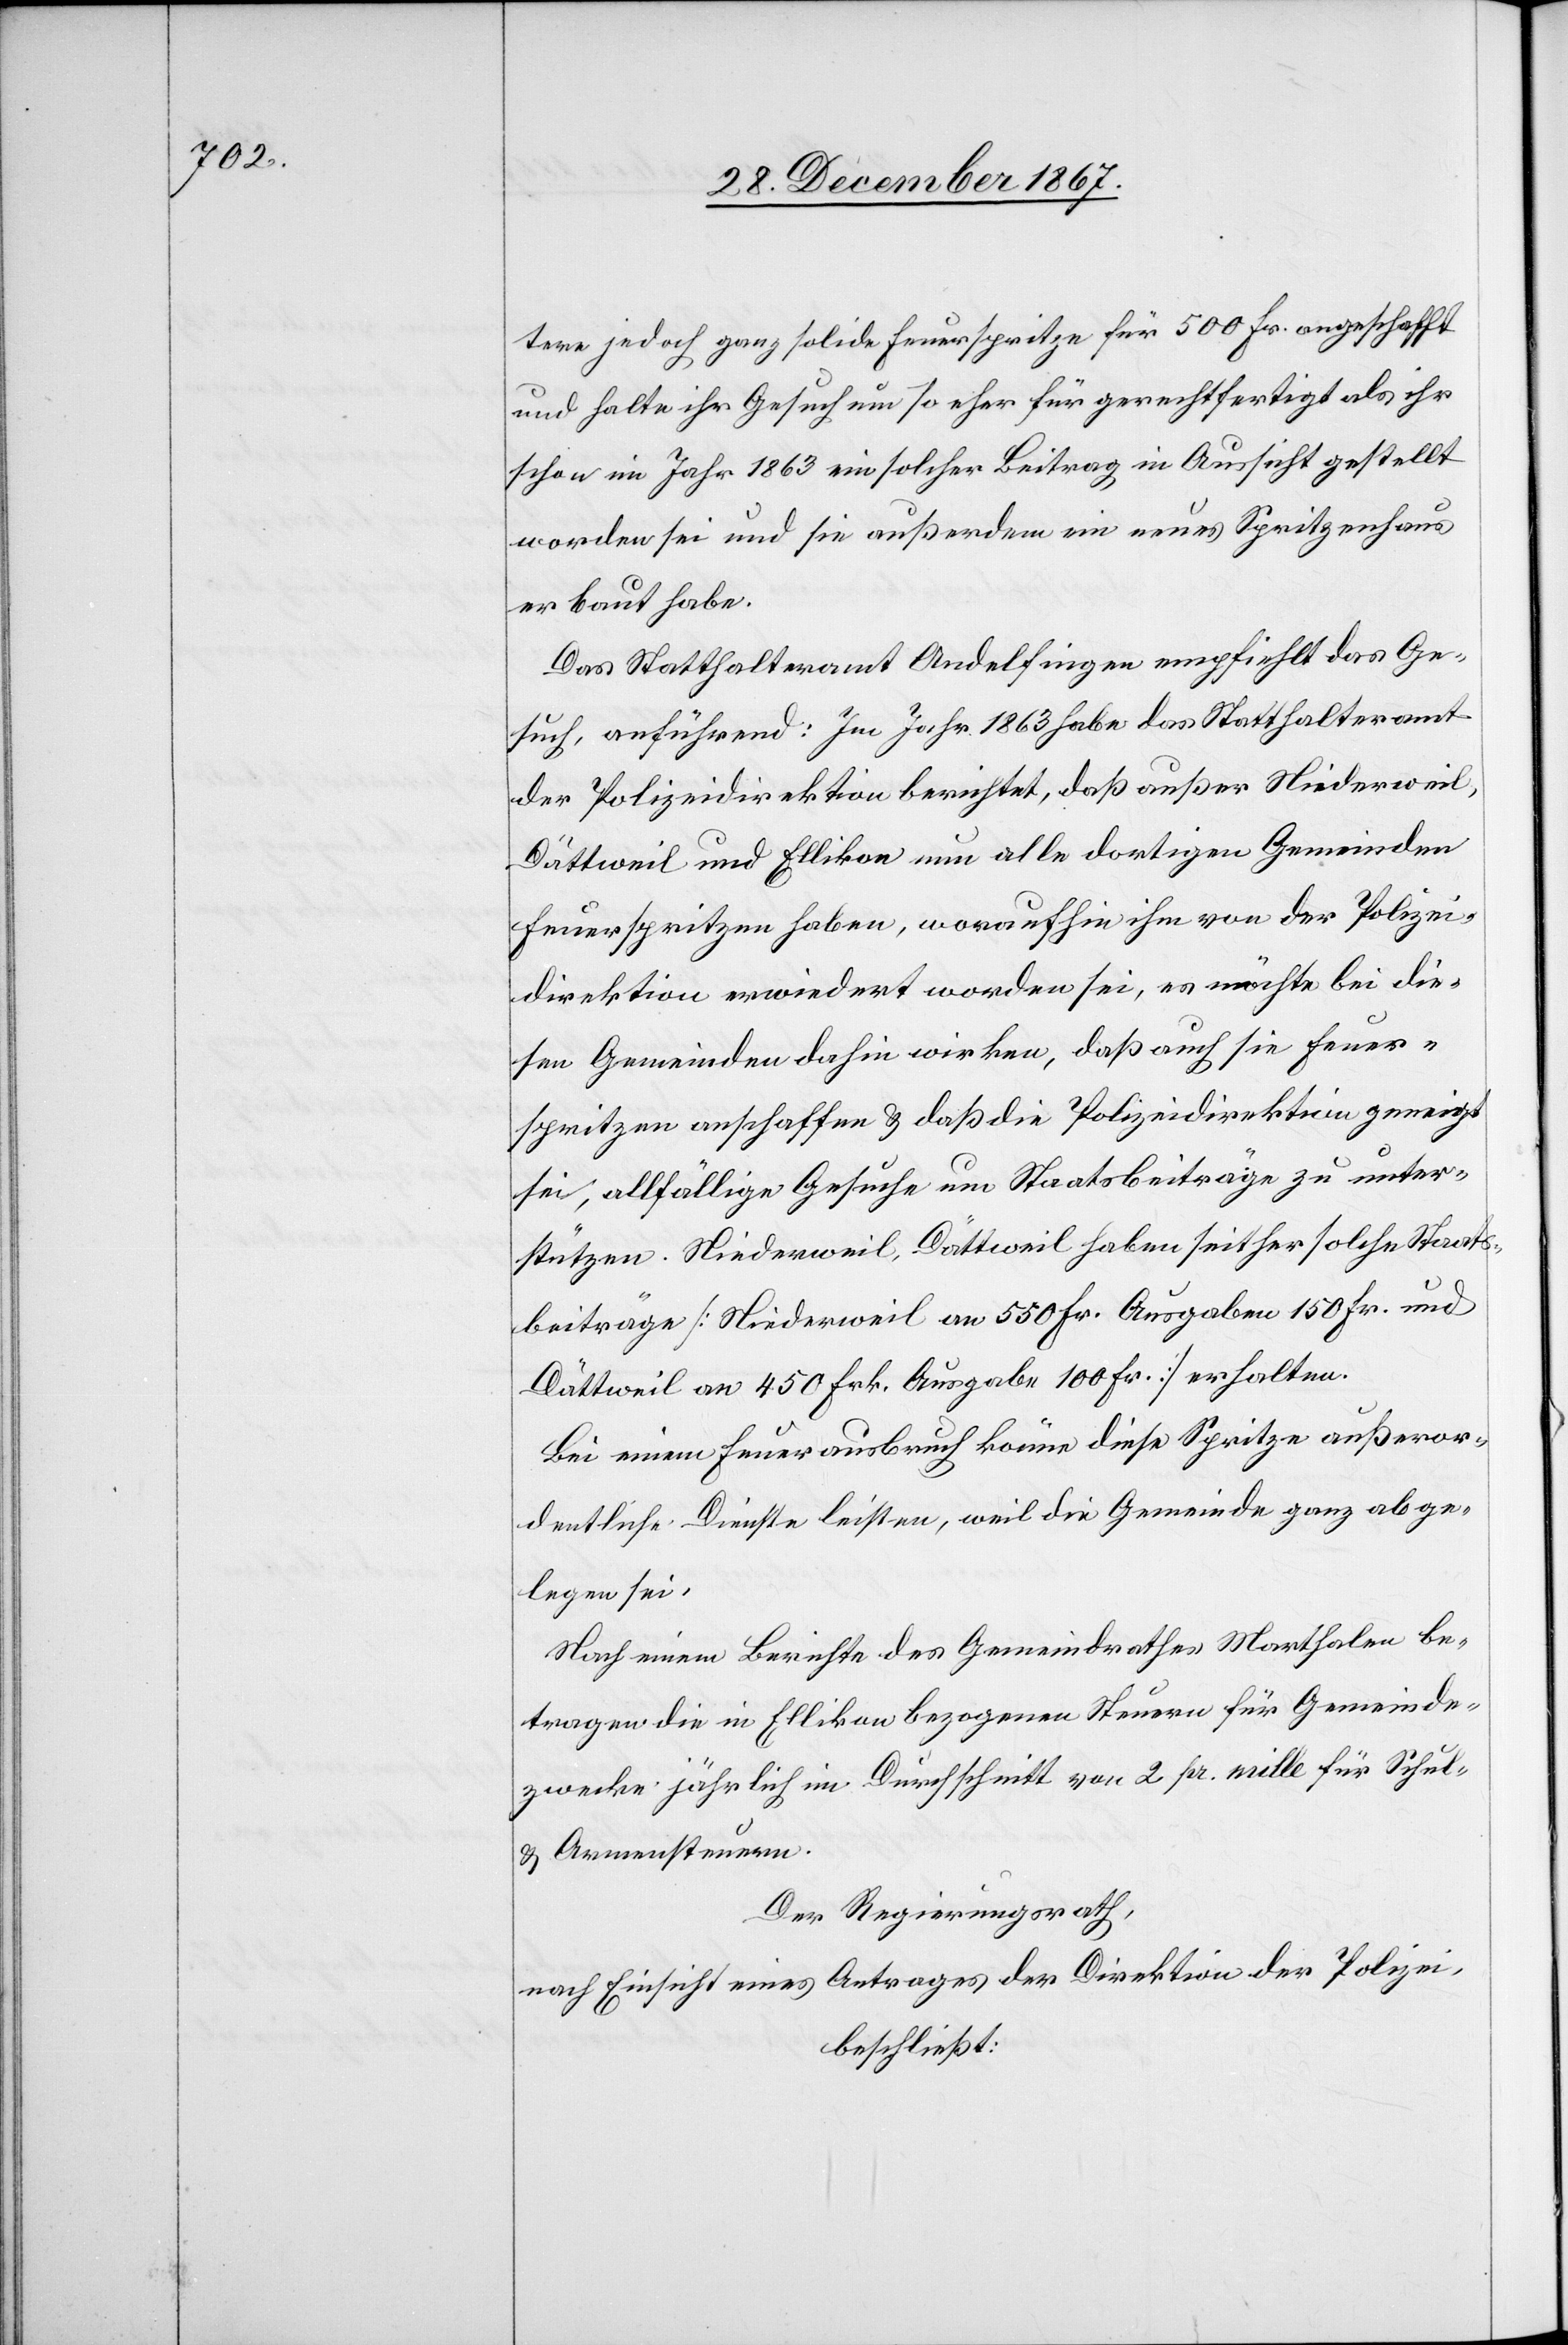
tere jedoch ganze solide Feuerspritze für 500 Fr. angeschafft
und halte ihr Gesuch um so eher für gerechtfertigt als ihr
schon im Jahr 1863 ein solcher Beitrag in Aussicht gestellt
worden sei und sie außerdem ein neues Spritzenhaus
erbaut habe.
Das Statthalteramt Andelfingen empfiehlt das Ge¬
such, anführend: Im Jahr 1863 habe das Statthalteramt
der Polizeidirektion berichtet, daß außer Niederweil,
Dättweil und Ellikon nun alle dortigen Gemeinden
Feuerspritzen haben, woraufhin ihm von der Polizei¬
direktion erwiedert worden sei, es möchte bei die¬
sen Gemeinden dahin wirken, daß auch sie Feuer¬
spritzen anschaffen u. daß die Polizeidirektion geneigt
sei, allfällige Gesuche um Staatsbeiträge zu unter¬
stützen. Niederweil, Dättweil haben seither solche Staats¬
beiträge [Niederweil an 500 Fr. Ausgaben 150 Fr. und
Dättweil an 450 Frk. Ausgabe 100 Fr.] erhalten.
Bei einem Feuerausbruch könne diese Spritze außeror¬
dentliche Dienste leisten, weil die Gemeinde ganz abge¬
legen sei.
Nach einem Berichte des Gemeindrathes Marthalen be¬
tragen die in Ellikon bezogenen Steuern für Gemeinde¬
zwecke jährlich im Durchschnitt von [sic!] 2 pr. mille für Schul-
u. Armenkosten.
Der Regierungsrath,
nach Einsicht eines Antrages der Direktion der Polizei,
beschließt: